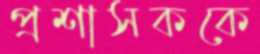
প্রশাসককে